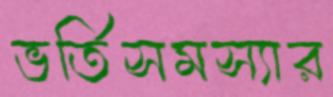
ভর্তিসমস্যার